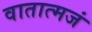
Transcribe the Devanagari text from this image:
वातात्मजं